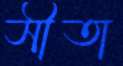
সীতা